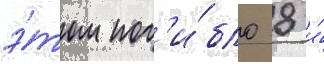
э́том пог'и́бло 8 и́